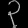
Digit: ၃